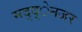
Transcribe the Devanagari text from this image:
मद्द्ेनजर